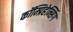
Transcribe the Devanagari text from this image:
कॉम्प्रिहेन्सिंग